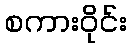
စကားဝိုင်း